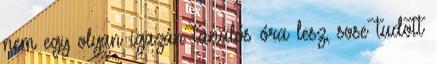
nem egy olyan igazán tanulós óra lesz, sose tudott